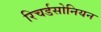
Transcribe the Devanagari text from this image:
रिचर्डसोनियन